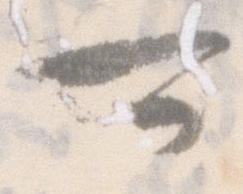
可